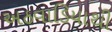
અઠવાડિયાથી